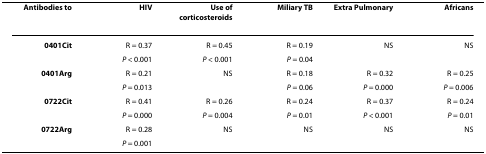
<table><thead><tr><td><b>Antibodies to</b></td><td><b>HIV</b></td><td><b>Use of corticosteroids</b></td><td><b>Miliary TB</b></td><td><b>Extra Pulmonary</b></td><td><b>Africans</b></td></tr></thead><tbody><tr><td><b>0401Cit</b></td><td>R = 0.37</td><td>R = 0.45</td><td>R = 0.19</td><td>NS</td><td>NS</td></tr><tr><td></td><td><i>P </i>&lt; 0.001</td><td><i>P </i>&lt; 0.001</td><td><i>P </i>= 0.04</td><td></td><td></td></tr><tr><td><b>0401Arg</b></td><td>R = 0.21</td><td>NS</td><td>R = 0.18</td><td>R = 0.32</td><td>R = 0.25</td></tr><tr><td></td><td><i>P </i>= 0.013</td><td></td><td><i>P </i>= 0.06</td><td><i>P </i>= 0.000</td><td><i>P </i>= 0.006</td></tr><tr><td><b>0722Cit</b></td><td>R = 0.41</td><td>R = 0.26</td><td>R = 0.24</td><td>R = 0.37</td><td>R = 0.24</td></tr><tr><td></td><td><i>P </i>= 0.000</td><td><i>P </i>= 0.004</td><td><i>P </i>= 0.01</td><td><i>P </i>&lt; 0.001</td><td><i>P </i>= 0.01</td></tr><tr><td><b>0722Arg</b></td><td>R = 0.28</td><td>NS</td><td>NS</td><td>NS</td><td>NS</td></tr><tr><td></td><td><i>P </i>= 0.001</td><td></td><td></td><td></td><td></td></tr></tbody></table>